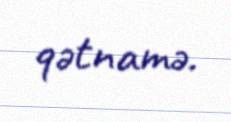
qətnamə.